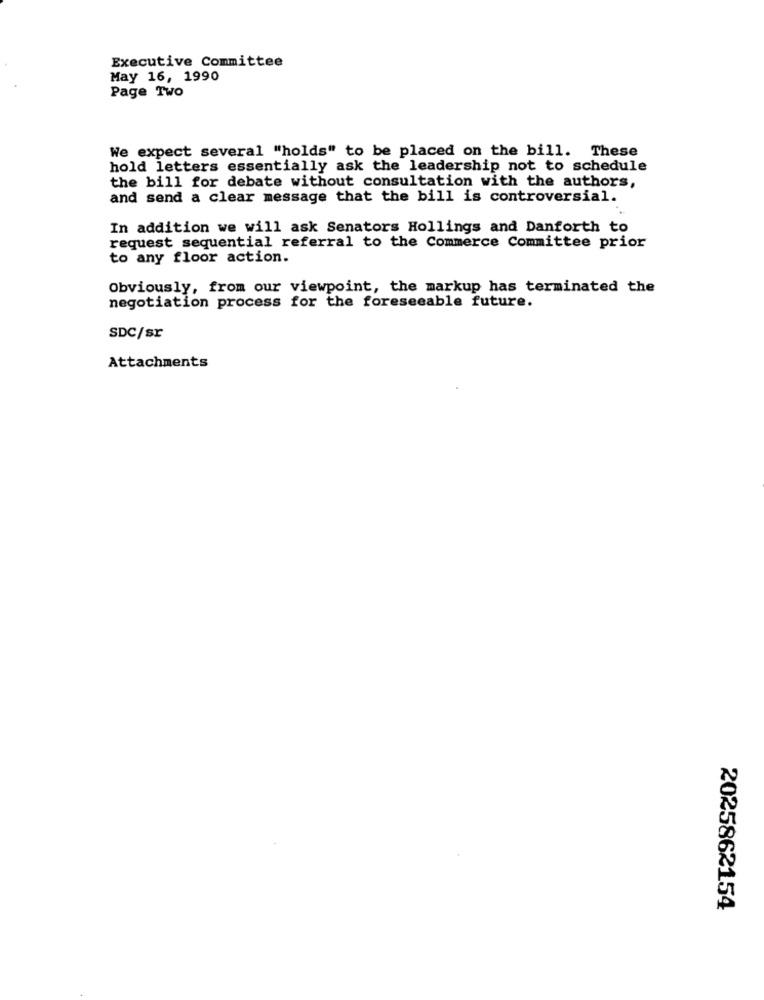
Executive Committee
May 16, 1990
Page Two
We expect several "holds" to be placed on the bill. These
hold letters essentially ask the leadership not to schedule
the bill for debate without consultation with the authors,
and send a clear message that the bill is controversial.
In addition we will ask Senators Hollings and Danforth to
request sequential referral to the Commerce Committee prior
to any floor action.
Obviously, from our viewpoint, the markup has terminated the
negotiation process for the foreseeable future.
SDC/sr
Attachments
2025862154